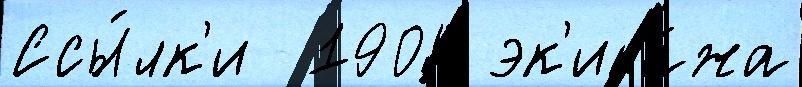
Ссы́лк'и  1904 эк'ипа́жа